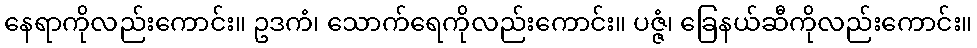
နေရာကိုလည်းကောင်း။ ဥဒကံ၊ သောက်ရေကိုလည်းကောင်း။ ပဇ္ဇံ၊ ခြေနယ်ဆီကိုလည်းကောင်း။